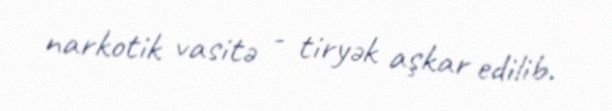
narkotik vasitə - tiryək aşkar edilib.